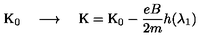
\mathrm { K } _ { 0 } \quad \longrightarrow \quad \mathrm { K } = \mathrm { K } _ { 0 } - \frac { e B } { 2 m } h ( \lambda _ { 1 } )